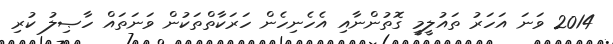
2014 ވަނަ އަހަރު ތައުލީމީ ގޮތުންނާއި އެހެނިހެން ހަރަކާތްތަކުން ވަނަތައް ހާޞިލު ކުރި